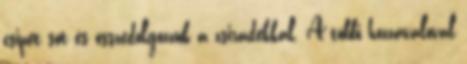
csipet sót és összedolgozzuk a zsiradékkal. A többi hozzávalóval